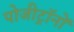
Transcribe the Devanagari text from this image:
पोजीट्रॉनों